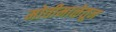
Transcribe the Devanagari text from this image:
मोतीमाळेतून